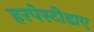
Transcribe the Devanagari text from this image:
हरपेस्टीडाए